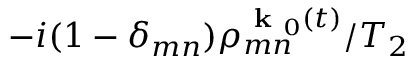
- i ( 1 - \delta _ { m n } ) \rho _ { m n } ^ { \textbf { k } _ { 0 } ( t ) } / T _ { 2 }